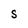
Character: s